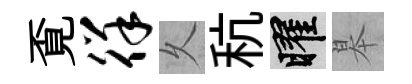
覔徉乆秔曜皋